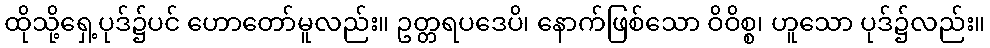
ထိုသို့ရှေ့ပုဒ်၌ပင် ဟောတော်မူလည်း။ ဥတ္တရပဒေပိ၊ နောက်ဖြစ်သော ဝိဝိစ္စ၊ ဟူသော ပုဒ်၌လည်း။